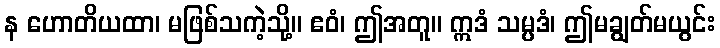
န ဟောတိယထာ၊ မဖြစ်သကဲ့သို့။ ဧဝံ၊ ဤအတူ။ ဣဒံ သမ္ပဒံ၊ ဤမချွတ်မယွင်း